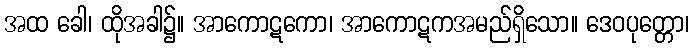
အထ ခေါ၊ ထိုအခါ၌။ အာကောဋကော၊ အာကောဋကအမည်ရှိသော။ ဒေဝပုတ္တော၊